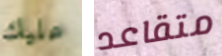
عليك متقاعد